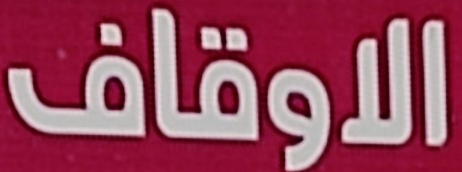
الاوقاف